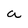
Character: a